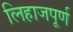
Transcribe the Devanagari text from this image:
लिहाजपूर्ण